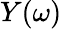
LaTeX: Y(\omega)